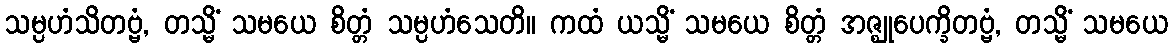
သမ္ပဟံသိတဗ္ဗံ, တသ္မိံ သမယေ စိတ္တံ သမ္ပဟံသေတိ။ ကထံ ယသ္မိံ သမယေ စိတ္တံ အဇ္ဈုပေက္ခိတဗ္ဗံ, တသ္မိံ သမယေ